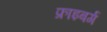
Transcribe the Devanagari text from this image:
फ्राइबर्ग